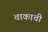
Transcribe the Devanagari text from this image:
चाकाची